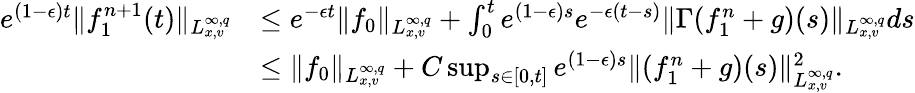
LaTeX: \begin{array}{rl}{e^{(1-\epsilon)t}\| f_{1}^{n+1}(t)\| _{L_{x,v}^{\infty,q}}}&{\leq e^{-\epsilon t}\| f_{0}\| _{L_{x,v}^{\infty,q}}+\int_{0}^{t}e^{(1-\epsilon)s}e^{-\epsilon(t-s)}\| \Gamma(f_{1}^{n}+g)(s)\| _{L_{x,v}^{\infty,q}}ds}\\ &{\leq\| f_{0}\| _{L_{x,v}^{\infty,q}}+C\operatorname*{sup}_{s\in[0,t]}e^{(1-\epsilon)s}\| (f_{1}^{n}+g)(s)\| _{L_{x,v}^{\infty,q}}^{2}.}\end{array}